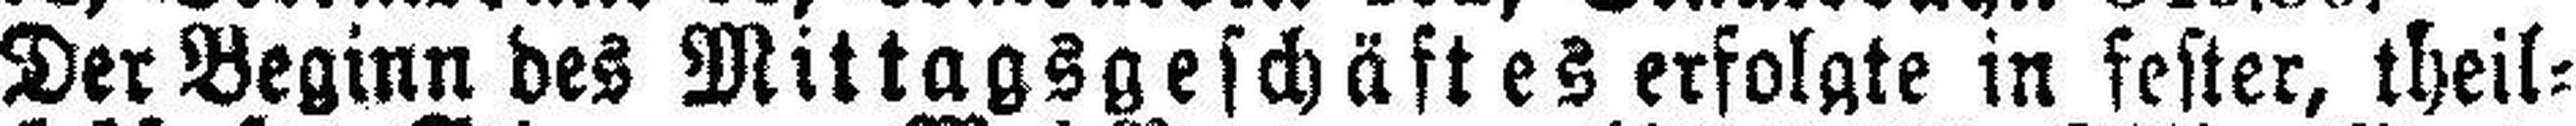
Der Beginn des Mittagsgeschäftes erfolgte in fester, theil¬